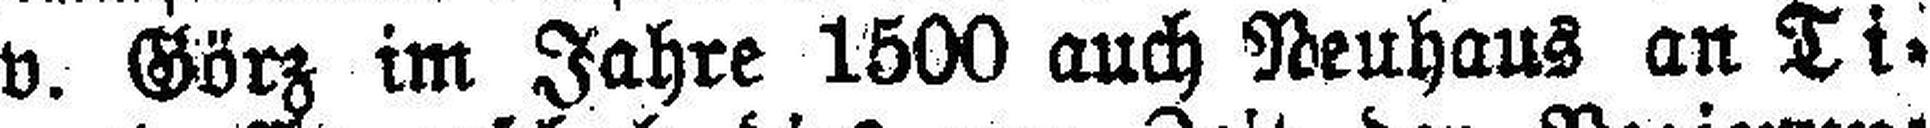
v. Görz im Jahre 1500 auch Neuhaus an Ti¬